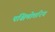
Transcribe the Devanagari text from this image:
पश्चिमोत्तरिय